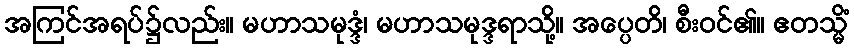
အကြင်အရပ်၌လည်း။ မဟာသမုဒ္ဒံ၊ မဟာသမုဒ္ဒရာသို့။ အပ္ပေတိ၊ စီးဝင်၏။ ဧတသ္မိံ